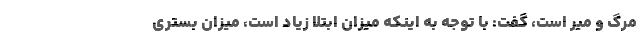
مرگ و میر است، گفت: با توجه به اینکه میزان ابتلا زیاد است، میزان بستری